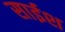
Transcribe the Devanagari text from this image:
साईश